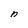
Character: n